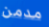
مدمن